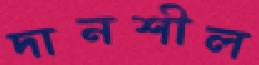
দানশীল